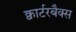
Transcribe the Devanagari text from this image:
क्वार्टरबैक्स